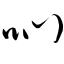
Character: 吣